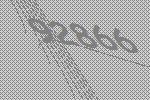
92866